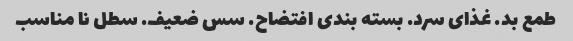
طمع بد. غذای سرد. بسته بندی افتضاح. سس ضعیف. سطل نا مناسب